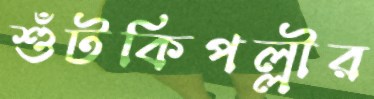
শুঁটকিপল্লীর